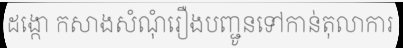
ដង្កោ កសាងសំណុំរឿងបញ្ជូនទៅកាន់តុលាការ